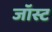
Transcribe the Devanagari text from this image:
जॉस्ट